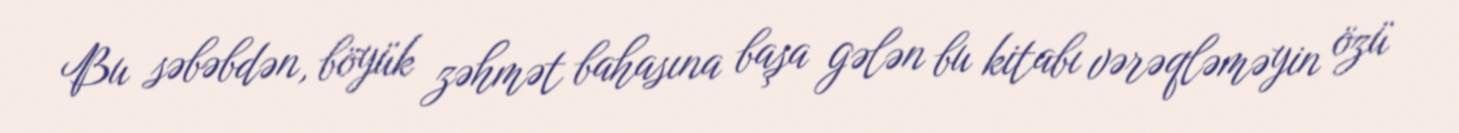
Bu səbəbdən, böyük zəhmət bahasına başa gələn bu kitabı vərəqləməyin özü